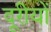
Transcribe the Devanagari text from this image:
दूरीयों